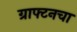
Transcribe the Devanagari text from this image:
ग्राफ्टनचा